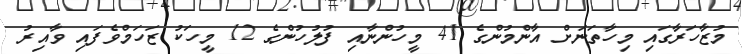
މުޒާހަރާގައި މިހާތަނަށް އާންމުންގެ 41 މީހުންނާއި ފުލުހުންގެ 12 މީހަކު ޒަހަމްވެފައި ވާއިރު